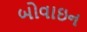
બોવાઇન